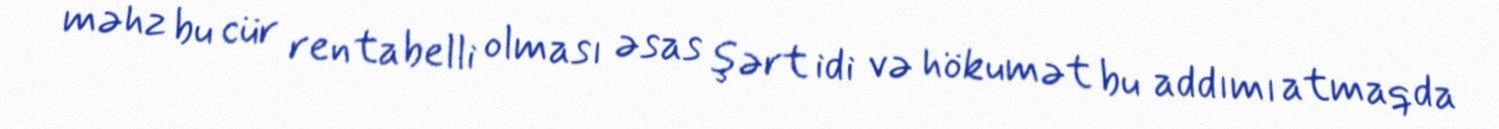
məhz bu cür rentabelli olması əsas şərt idi və hökumət bu addımı atmaqda